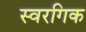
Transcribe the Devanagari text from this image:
स्वरगिक